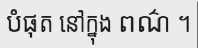
បំផុត នៅក្នុង ពណ៌ ។